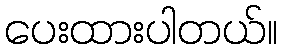
ပေးထားပါတယ်။